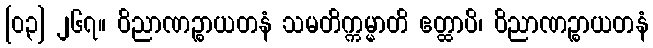
[၀၃] ၂၆၇။ ဝိညာဏဉ္စာယတနံ သမတိက္ကမ္မာတိ ဧတ္ထာပိ၊ ဝိညာဏဉ္စာယတနံ